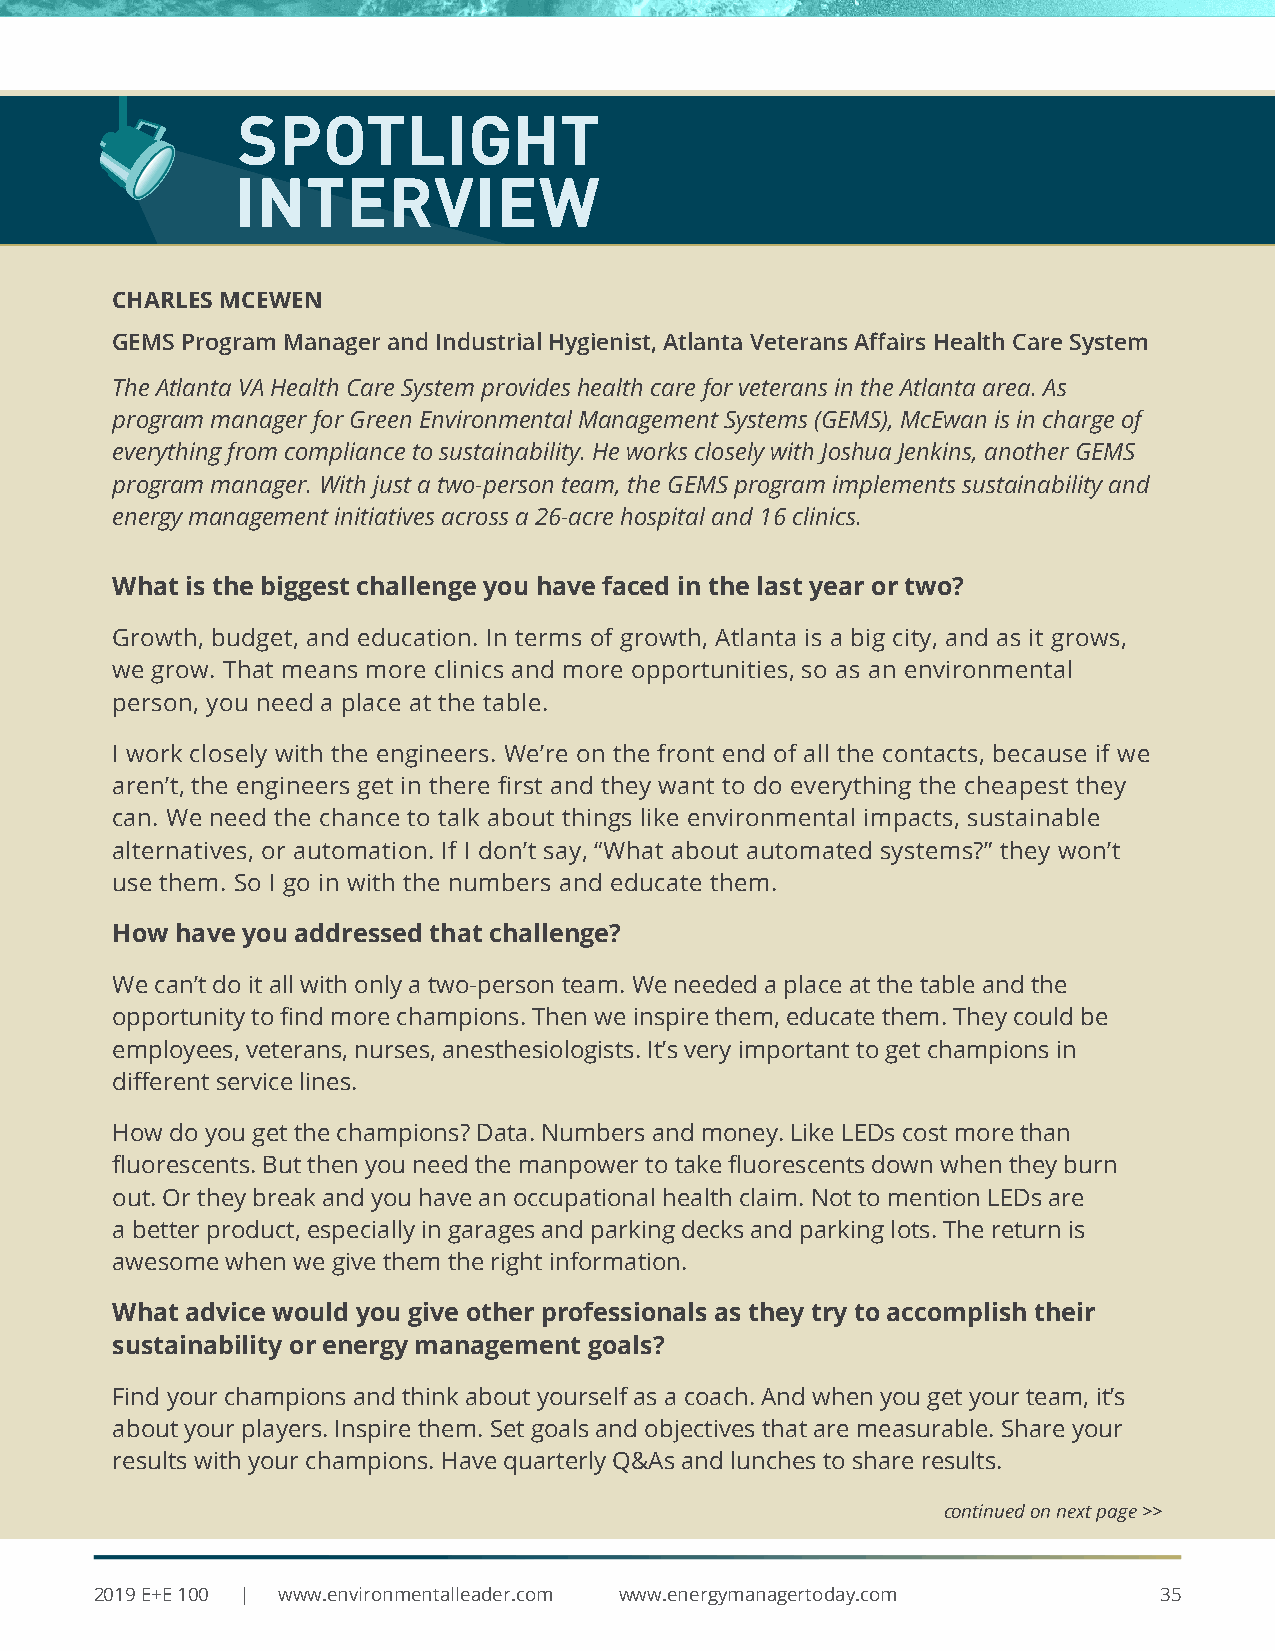
SPOTLIGHT
 INTERVIEW
 CHARLES MCEWEN
 GEMS Program Manager and Industrial Hygienist, Atlanta Veterans Affairs Health Care System
 The Atlanta VA Health Care System provides health care for veterans in the Atlanta area. As
 program manager for Green Environmental Management Systems (GEMS), McEwan is in charge of
 everything from compliance to sustainability. He works closely with Joshua Jenkins, another GEMS
 program manager. With just a two-person team, the GEMS program implements sustainability and
 energy management initiatives across a 26-acre hospital and 16 clinics.
 What is the biggest challenge you have faced in the last year or two?
 Growth, budget, and education. In terms of growth, Atlanta is a big city, and as it grows,
 we grow. That means more clinics and more opportunities, so as an environmental
 person, you need a place at the table.
 I work closely with the engineers. We’re on the front end of all the contacts, because if we
 aren’t, the engineers get in there first and they want to do everything the cheapest they
 can. We need the chance to talk about things like environmental impacts, sustainable
 alternatives, or automation. If I don’t say, “What about automated systems?” they won’t
 use them. So I go in with the numbers and educate them.
 How  have you addressed that challenge?
 We can’t do it all with only a two-person team. We needed a place at the table and the
 opportunity to find more champions. Then we inspire them, educate them. They could be
 employees, veterans, nurses, anesthesiologists. It’s very important to get champions in
 different service lines.
 How do you get the champions? Data. Numbers and money. Like LEDs cost more than
 fluorescents. But then you need the manpower to take fluorescents down when they burn
 out. Or they break and you have an occupational health claim. Not to mention LEDs are
 a better product, especially in garages and parking decks and parking lots. The return is
 awesome when we give them the right information.
 What advice would you give other professionals as they try to accomplish their
 sustainability or energy management goals?
 Find your champions and think about yourself as a coach. And when you get your team, it’s
 about your players. Inspire them. Set goals and objectives that are measurable. Share your
 results with your champions. Have quarterly Q&As and lunches to share results.
 continued on next page >>
 2019 E+E 100 | www.environmentalleader.com www.energymanagertoday.com  35